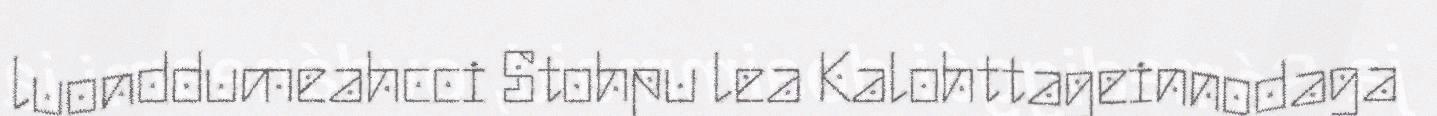
luonddumeahcci Stohpu lea Kalohttageinnodaga